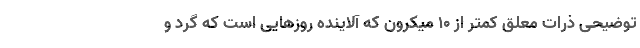
توضیحی ذرات معلق کمتر از ۱۰ میکرون که آلاینده روزهایی است که گرد و